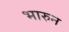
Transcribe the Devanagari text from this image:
भारुन